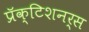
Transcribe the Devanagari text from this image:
प्रॅक्टिशनर्स